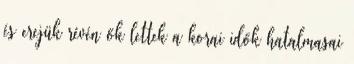
és erejük révén ők lettek a korai idők hatalmasai